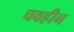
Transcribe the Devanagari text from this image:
चवहीन